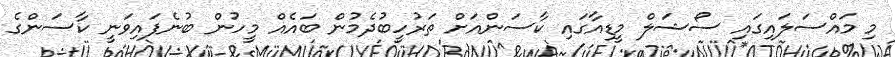
މި މައްސަލައިގައި ސޯޝަލް މީޑިއާގައި ކާސަންއަށް ތަރުހީބުދެމުން ބައެއް މީހުން ބުނެފައިވަނީ ކާސަންގެ